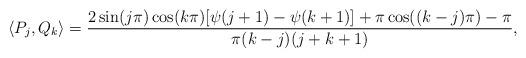
LaTeX: \begin{align*}\langle P_j,Q_k\rangle=\dfrac{2\sin(j\pi)\cos(k\pi)[\psi(j+1)-\psi(k+1)]+\pi\cos((k-j)\pi)-\pi}{\pi(k-j)(j+k+1)},\end{align*}